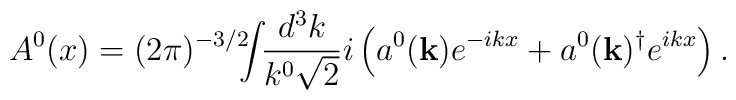
A^0(x) = (2\pi)^{-3/2} \!\!\!\int\!\! \frac{d^3k}{k^0 \sqrt{2}} i \left( a^0({\mathbf{k}}) e^{-ikx} + a^0({\mathbf{k}})^\dagger e^{ikx} \right). \nonumber \\